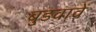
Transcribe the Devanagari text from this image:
बुडवावें